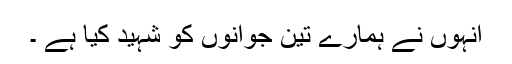
انہوں نے ہمارے تین جوانوں کو شہید کیا ہے ۔